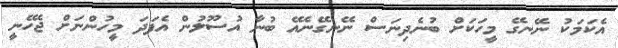
އެކަމަކު ނޭނގޭ މީހަކަށް ބުނެދިނަސް ނޭނގޭނެއޭ ބުނާ އުސޫލުން އެފަދަ މީހުންނަށް ޖެހޭނީ